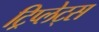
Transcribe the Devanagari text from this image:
ट्रिप्लेट्स